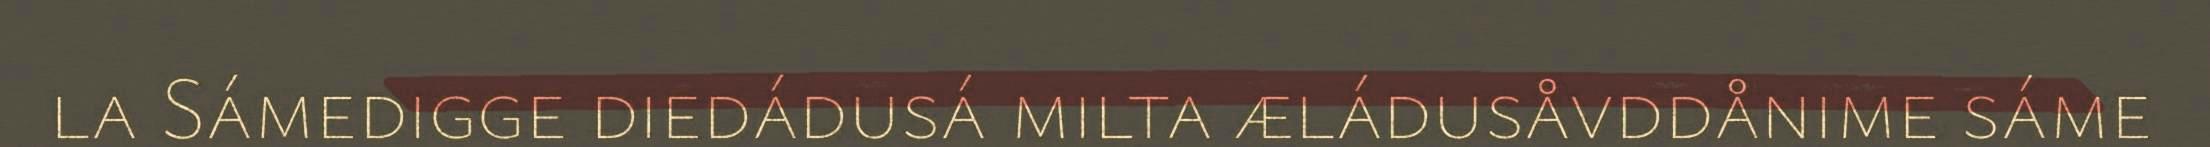
la Sámedigge diedádusá milta æládusåvddånime sáme